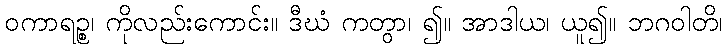
ဝကာရဉ္စ၊ ကိုလည်းကောင်း။ ဒီဃံ ကတွာ၊ ၍။ အာဒါယ၊ ယူ၍။ ဘဂဝါတိ၊